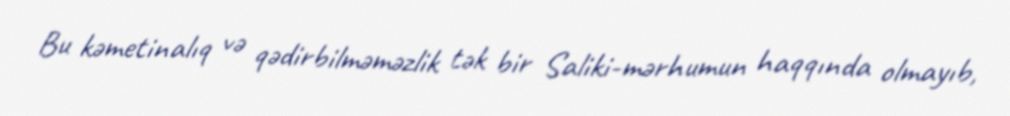
Bu kəmetinalıq və qədirbilməməzlik tək bir Saliki-mərhumun haqqında olmayıb,